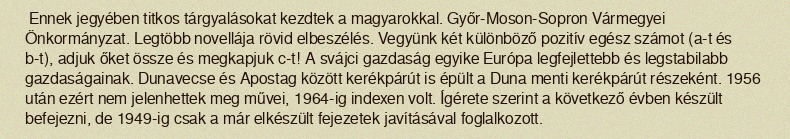
Ennek jegyében titkos tárgyalásokat kezdtek a magyarokkal. Győr-Moson-Sopron Vármegyei Önkormányzat. Legtöbb novellája rövid elbeszélés. Vegyünk két különböző pozitív egész számot (a-t és b-t), adjuk őket össze és megkapjuk c-t! A svájci gazdaság egyike Európa legfejlettebb és legstabilabb gazdaságainak. Dunavecse és Apostag között kerékpárút is épült a Duna menti kerékpárút részeként. 1956 után ezért nem jelenhettek meg művei, 1964-ig indexen volt. Ígérete szerint a következő évben készült befejezni, de 1949-ig csak a már elkészült fejezetek javításával foglalkozott.